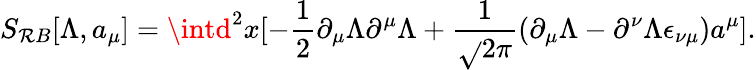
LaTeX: S_{\mathcal{R}B}[\Lambda,a_{\mu}]=\intd^{2}x[-\frac{{1}}{{2}}\partial_{\mu}\Lambda\partial^{\mu}\Lambda+\frac{{1}}{{\sqrt{}{{2\pi}}}}(\partial_{\mu}\Lambda-\partial^{\nu}\Lambda\epsilon_{\nu\mu})a^{\mu}].